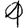
Digit: 1